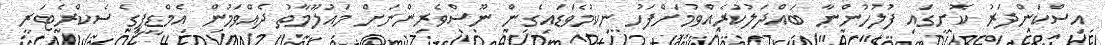
އިސްކަންދަރު ކޮށީގައި ފުލުހުންނާ ބައްދަލުކުރެއްވުމަށްފަހު ނިކުމެވަޑައިގެން ނޫސްވެރިންނަށް މައުލޫމާތު ދެއްވަމުން އެމްޑީޕީގެ ސެކްރެޓަރީ